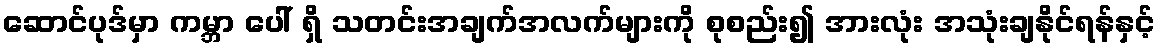
ဆောင်ပုဒ်မှာ ကမ္ဘာ ပေါ် ရှိ သတင်းအချက်အလက်များကို စုစည်း၍ အားလုံး အသုံးချနိုင်ရန်နှင့်